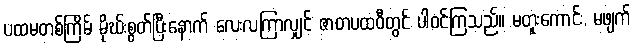
ပထမတစ်ကြိမ် မိုဃ်းစွတ်ပြီးနောက် လေးလကြာလျှင် ဇာတပထဝီတွင် ပါဝင်ကြသည်။ မတူးကောင်း, မဖျက်